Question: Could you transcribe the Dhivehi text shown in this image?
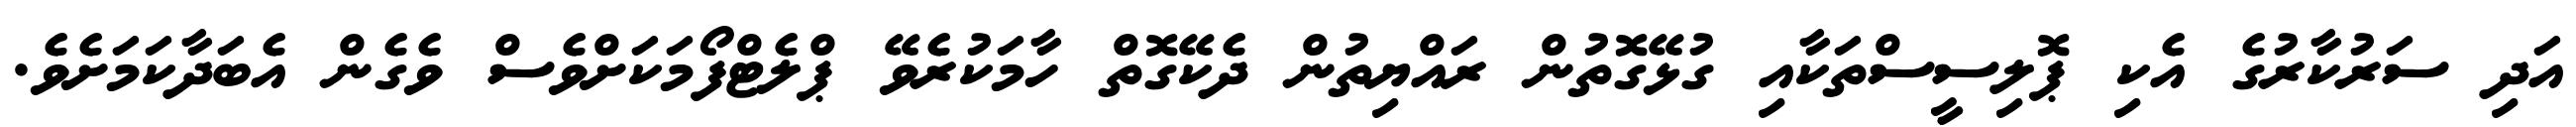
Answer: އަދި ސަރުކާރުގެ އެކި ޕޮލިސީސްތަކާއި ގުޅޭގޮތުން ރައްޔިތުން ދެކޭގޮތް ހާމަކުރެވޭ ޕްލެޓްފޯމަކަށްވެސް ވެގެން އެބަދާކަމަށެވެ.